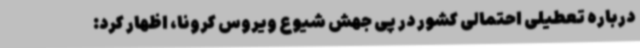
درباره تعطیلی احتمالی کشور در پی جهش شیوع ویروس کرونا، اظهار کرد: